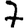
Digit: 7